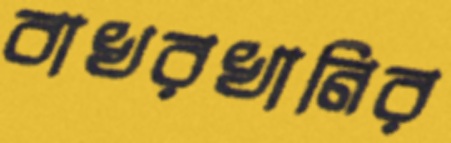
বাখরখানির